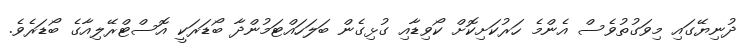
ދުނިޔޭގައި މިވަގުތުވެސް އެންމެ ހަރުކަށިކޮށް ކޯވިޑާއި ގުޅިގެން ބަލަހައްޓަމުންދާ ބޯޑަރަކީ އޮސްޓްރޭލިއާގެ ބޯޑަރެވެ.